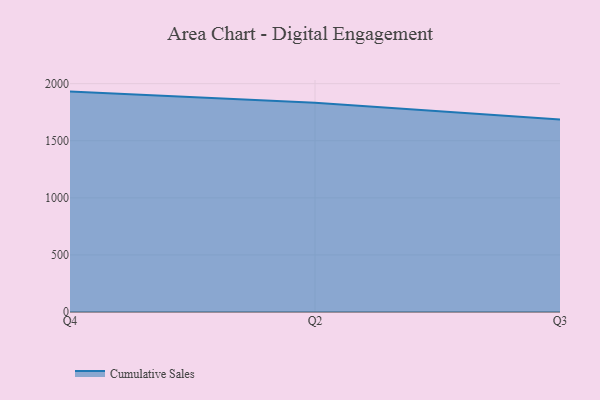
{"axis": {"x": "Quarter", "y": "Temperature (°C)"}, "legend": ["Cumulative Sales"], "data": [{"x": "Q4", "y": 1930.5, "type": "Cumulative Sales"}, {"x": "Q2", "y": 1832.4, "type": "Cumulative Sales"}, {"x": "Q3", "y": 1686.8, "type": "Cumulative Sales"}]}